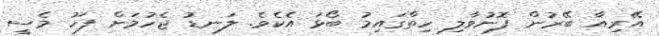
އޭރިއާ ބޭރުން ފޮނުވާލި ހިތްގައިމު ބޯޅަ އެކެވެ. ލަނޑު ޖެހުމަށް ފަހު މެސީ